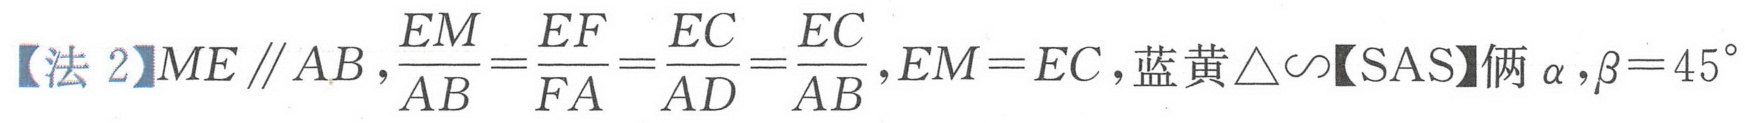
【法 2】$ME \parallel AB$,$\frac{EM}{AB}=\frac{EF}{FA}=\frac{EC}{AD}=\frac{EC}{AB}$,$EM = EC$,蓝黄$\triangle\sim$【SAS】俩$\alpha$,$\beta = 45^{\circ}$